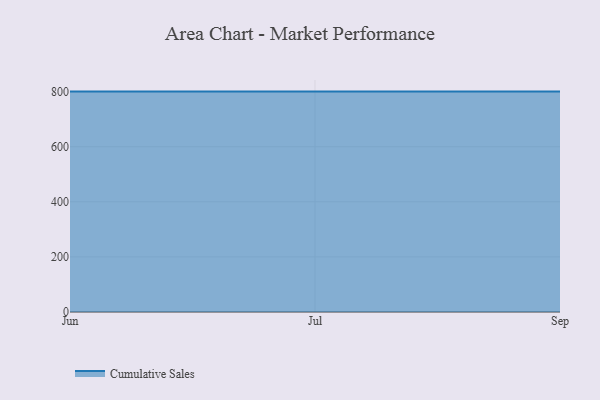
{"axis": {"x": "Month", "y": "Temperature (°C)"}, "legend": ["Cumulative Sales"], "data": [{"x": "Jun", "y": 800, "type": "Cumulative Sales"}, {"x": "Jul", "y": 800, "type": "Cumulative Sales"}, {"x": "Sep", "y": 800, "type": "Cumulative Sales"}]}